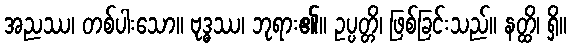
အညဿ၊ တစ်ပါးသော။ ဗုဒ္ဓဿ၊ ဘုရား၏။ ဥပ္ပတ္တိ၊ ဖြစ်ခြင်းသည်။ နတ္ထိ၊ ရှိ။